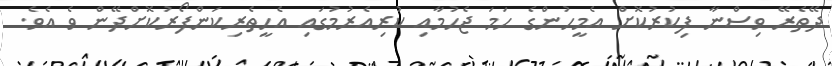
ދޭތެރޭ ވިސްނާ ފިކުރުކޮށް އެމީހުންގެ ހަމަ ޖެހުމާއި ކުރިއެރުމުގައި އެހީތެރިކަންފޯރުކޮށްދޭން ވެ އެވެ.